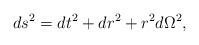
LaTeX: \begin{align*}d s^{2}=d t^{2}+d r^{2}+r^{2} d\Omega^{2},\end{align*}